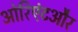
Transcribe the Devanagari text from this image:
ओरिएंटऔर